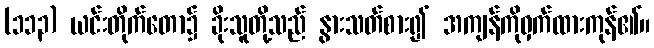
(၁၁၃) ယင်းတိုက်တော၌ ခိုးသူတို့သည် နွားသတ်စား၍ အကျန်ကိုဝှက်ထားကုန်၏။